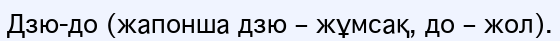
Дзю-до (жапонша дзю – жұмсақ, до – жол).